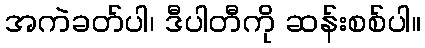
အကဲခတ်ပါ၊ ဒီပါတီကို ဆန်းစစ်ပါ။